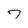
Character: 7